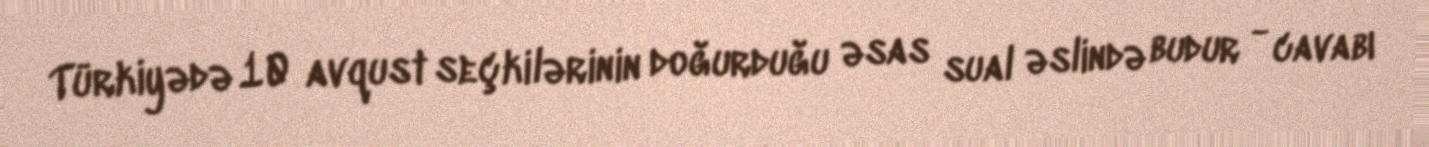
Türkiyədə 10 avqust seçkilərinin doğurduğu əsas sual əslində budur - cavabı